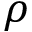
\rho